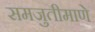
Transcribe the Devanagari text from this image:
समजुतीमाणे